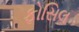
ફોસિલ